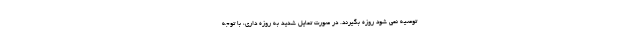
توصیه نمی شود روزه بگیرند. در صورت تمایل شدید به روزه داری، با توجه